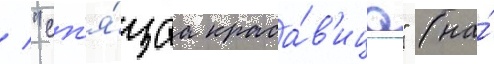
/ "сп'я́щаа краса́в'ица" (на́